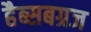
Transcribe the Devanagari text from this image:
हैब्सबग्रज